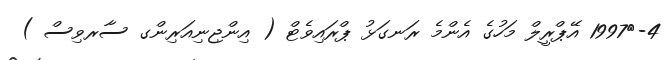
4-	1997 އޭޕްރީލް މަހުގެ އެންމެ ރަނގަޅު ޕްރައިވެޓް ( އިންޖިނިއަރިންގ ސާރވިސް )